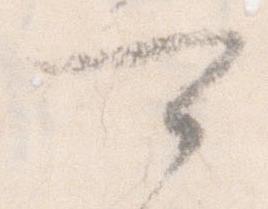
可